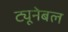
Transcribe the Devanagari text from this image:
ट्यूनेबल